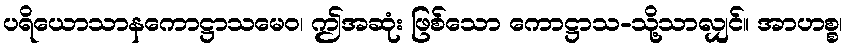
ပရိယောသာနကောဋ္ဌာသမေဝ၊ ဤအဆုံး ဖြစ်သော ကောဋ္ဌာသ-သို့သာလျှင်။ အာဟစ္စ၊